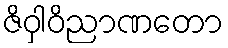
ဇိဝှါဝိညာဏတော